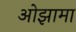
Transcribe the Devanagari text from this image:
ओझामा